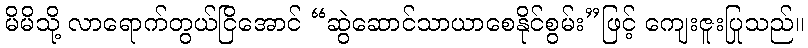
မိမိသို့ လာရောက်တွယ်ငြိအောင် “ဆွဲဆောင်သာယာစေနိုင်စွမ်း”ဖြင့် ကျေးဇူးပြုသည်။